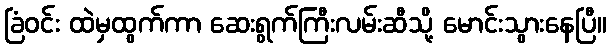
ခြံဝင်း ထဲမှထွက်ကာ ဆေးရွက်ကြီးလမ်းဆီသို့ မောင်းသွားနေပြီ။